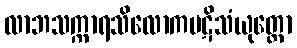
လာဘသက္ကာရသိလောကပဋိသံယုတ္တော